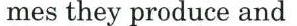
mes they produce and